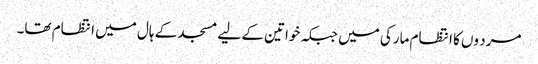
مرد وں کا انتظام مارکی میں جبکہ خواتین کے لیے مسجد کے ہال میں انتظام تھا۔